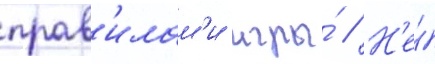
прав'илам'и игры́ // Н'е́